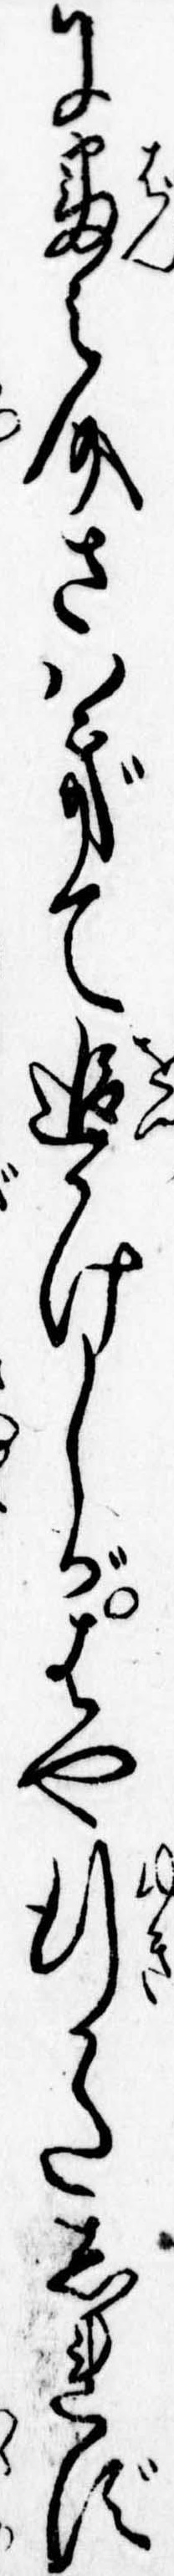
に番之介さはぎて追かけしがはや行かたしれず